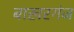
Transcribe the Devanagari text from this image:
बाखरगंज